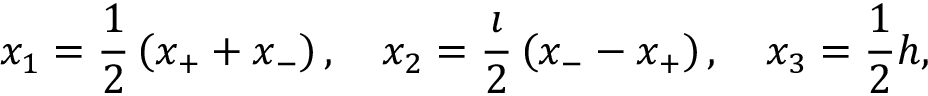
x _ { 1 } = \frac { 1 } { 2 } \left( x _ { + } + x _ { - } \right) , \quad x _ { 2 } = \frac { \imath } { 2 } \left( x _ { - } - x _ { + } \right) , \quad x _ { 3 } = \frac { 1 } { 2 } h ,